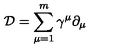
{ \mathcal D } = \sum _ { \mu = 1 } ^ { m } \gamma ^ { \mu } \partial _ { \mu }